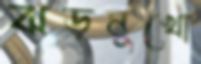
ঝড়মুখো